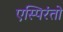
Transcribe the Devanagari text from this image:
एस्पिरंतो